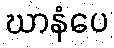
ဃာနံပေ